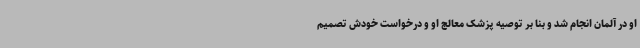
او در آلمان انجام شد و بنا بر توصیه پزشک معالج او و درخواست خودش تصمیم